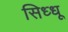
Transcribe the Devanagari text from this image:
सिध्धू